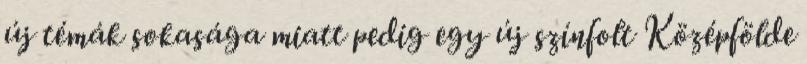
új témák sokasága miatt pedig egy új színfolt Középfölde